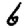
Digit: 6